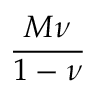
\frac { M \nu } { 1 - \nu }